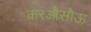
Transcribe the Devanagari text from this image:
करऔसौऊ